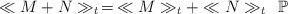
LaTeX: \begin{align*}\ll M+N \gg _t \,=\, \ll M \gg _t + \ll N \gg _t \, \, \,\mathbb{P}\end{align*}